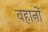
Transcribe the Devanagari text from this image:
वहानों